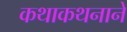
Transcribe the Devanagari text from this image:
कथाकथनाने